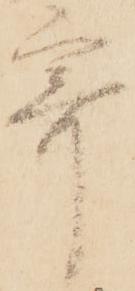
寄